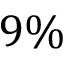
9 \%